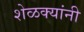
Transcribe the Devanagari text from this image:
शेळक्यांनी